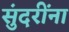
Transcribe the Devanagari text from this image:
सुंदरींना